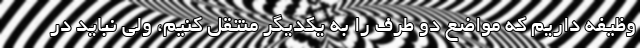
وظیفه داریم که مواضع دو طرف را به یکدیگر منتقل کنیم، ولی نباید در